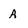
Character: A